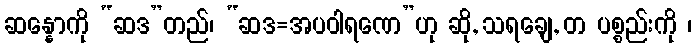
ဆန္နောကို “ဆဒ”တည်၊ “ဆဒ=အပဝါရဏေ”ဟု ဆို, သရချေ, တ ပစ္စည်းကို ၊